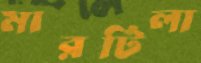
মারটিলা